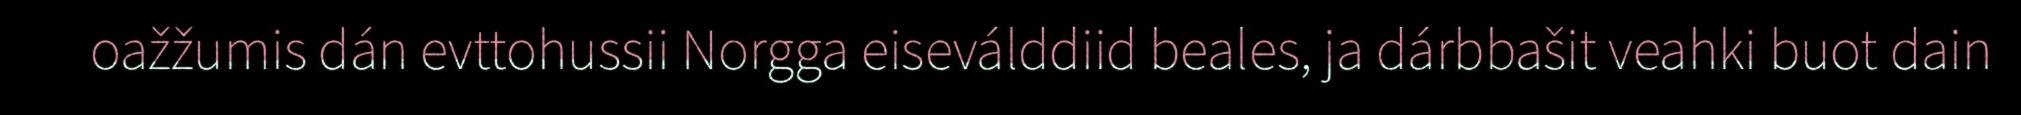
oažžumis dán evttohussii Norgga eiseválddiid beales, ja dárbbašit veahki buot dain